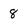
Character: 8